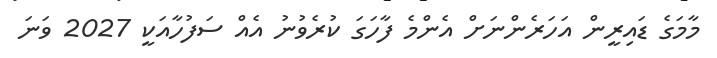
މާމަގެ ޑައިރީން އަހަރެންނަށް އެންމެ ފާހަގަ ކުރެވުނު އެއް ސަފުހާއަކީ 2027 ވަނަ